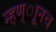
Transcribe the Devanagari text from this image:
म्हण्ाूनच